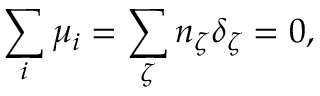
\sum _ { i } \mu _ { i } = \sum _ { \zeta } n _ { \zeta } \delta _ { \zeta } = 0 ,